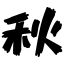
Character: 秋